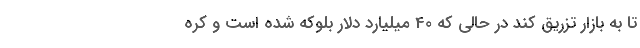
تا به بازار تزریق کند در حالی که 40 میلیارد دلار بلوکه شده است و کره